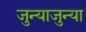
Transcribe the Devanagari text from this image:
जुन्याजुन्या